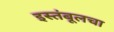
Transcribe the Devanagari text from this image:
इस्तंबूलचा